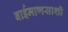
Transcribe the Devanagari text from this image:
बाईमाणसाशी